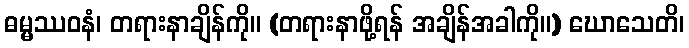
ဓမ္မဿဝနံ၊ တရားနာချိန်ကို။ (တရားနာဖို့ရန် အချိန်အခါကို။) ဃောသေတိ၊